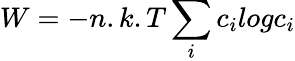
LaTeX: W=-n.k.T\sum_{i}\textit{}c_{i}\textit{}log\textit{}c_{i}